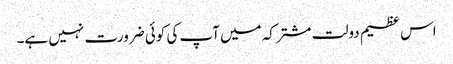
اس عظیم دولت مشترکہ میں آپ کی کوئی ضرورت نہیں ہے۔